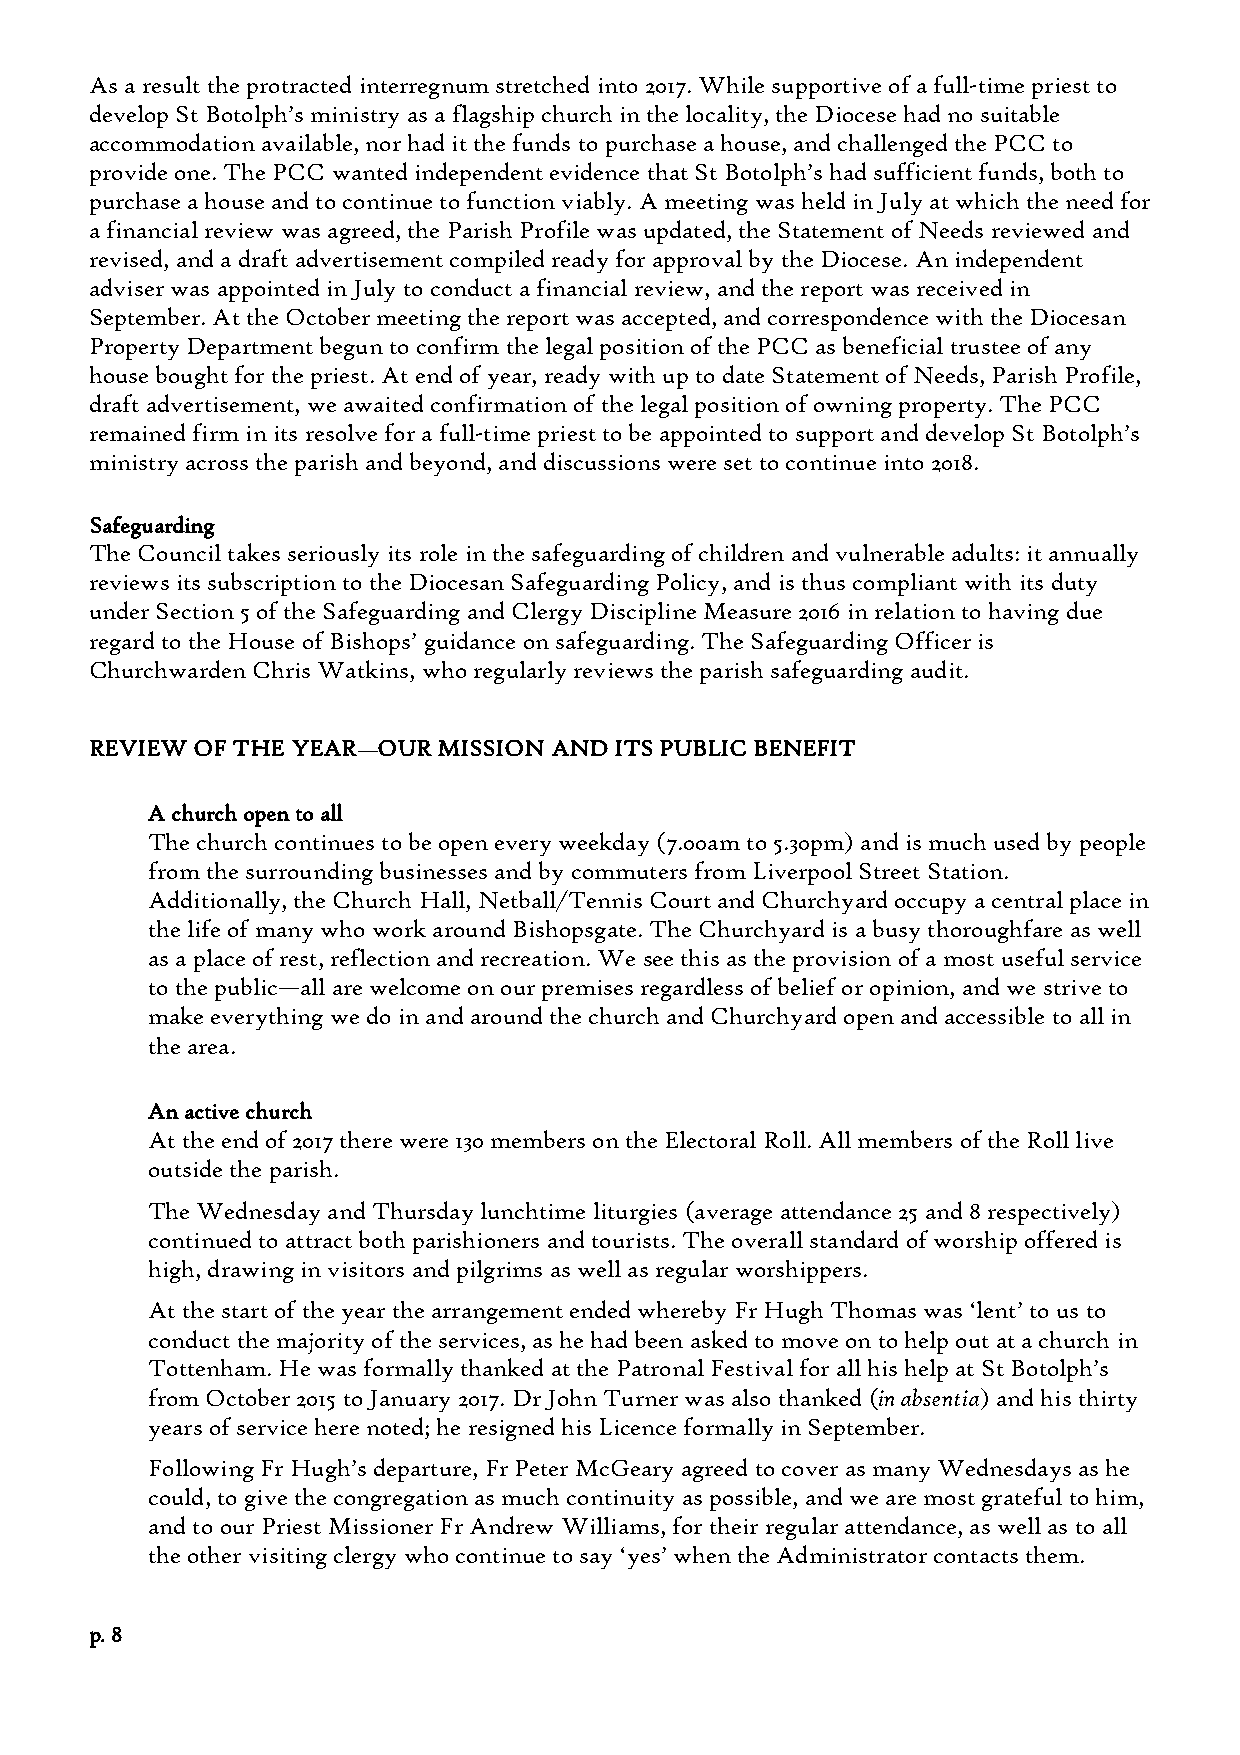
As a result the protracted interregnum stretched into 2017. While supportive of a full-time priest to
 develop St Botolph’s ministry as a flagship church in the locality, the Diocese had no suitable
 accommodation available, nor had it the funds to purchase a house, and challenged the PCC to
 provide one. The PCC wanted independent evidence that St Botolph’s had sufficient funds, both to
 purchase a house and to continue to function viably. A meeting was held in July at which the need for
 a financial review was agreed, the Parish Profile was updated, the Statement of Needs reviewed and
 revised, and a draft advertisement compiled ready for approval by the Diocese. An independent
 adviser was appointed in July to conduct a financial review, and the report was received in
 September. At the October meeting the report was accepted, and correspondence with the Diocesan
 Property Department begun to confirm the legal position of the PCC as beneficial trustee of any
 house bought for the priest. At end of year, ready with up to date Statement of Needs, Parish Profile,
 draft advertisement, we awaited confirmation of the legal position of owning property. The PCC
 remained firm in its resolve for a full-time priest to be appointed to support and develop St Botolph’s
 ministry across the parish and beyond, and discussions were set to continue into 2018.
 Safeguarding
 The Council takes seriously its role in the safeguarding of children and vulnerable adults: it annually
 reviews its subscription to the Diocesan Safeguarding Policy, and is thus compliant with its duty
 under Section 5 of the Safeguarding and Clergy Discipline Measure 2016 in relation to having due
 regard to the House of Bishops’ guidance on safeguarding. The Safeguarding Officer is
 Churchwarden Chris Watkins, who regularly reviews the parish safeguarding audit.
 REVIEW OF THE YEAR—OUR MISSION AND ITS PUBLIC BENEFIT
 A church open to all
 The church continues to be open every weekday (7.00am to 5.30pm) and is much used by people
 from the surrounding businesses and by commuters from Liverpool Street Station.
 Additionally, the Church Hall, Netball/Tennis Court and Churchyard occupy a central place in
 the life of many who work around Bishopsgate. The Churchyard is a busy thoroughfare as well
 as a place of rest, reflection and recreation. We see this as the provision of a most useful service
 to the public—all are welcome on our premises regardless of belief or opinion, and we strive to
 make everything we do in and around the church and Churchyard open and accessible to all in
 the area.
 An active church
 At the end of 2017 there were 130 members on the Electoral Roll. All members of the Roll live
 outside the parish.
 The Wednesday and Thursday lunchtime liturgies (average attendance 25 and 8 respectively)
 continued to attract both parishioners and tourists. The overall standard of worship offered is
 high, drawing in visitors and pilgrims as well as regular worshippers.
 At the start of the year the arrangement ended whereby Fr Hugh Thomas was ‘lent’ to us to
 conduct the majority of the services, as he had been asked to move on to help out at a church in
 Tottenham. He was formally thanked at the Patronal Festival for all his help at St Botolph’s
 from October 2015 to January 2017. Dr John Turner was also thanked (in absentia) and his thirty
 years of service here noted; he resigned his Licence formally in September.
 Following Fr Hugh’s departure, Fr Peter McGeary agreed to cover as many Wednesdays as he
 could, to give the congregation as much continuity as possible, and we are most grateful to him,
 and to our Priest Missioner Fr Andrew Williams, for their regular attendance, as well as to all
 the other visiting clergy who continue to say ‘yes’ when the Administrator contacts them.
 p. 8